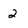
Character: 2